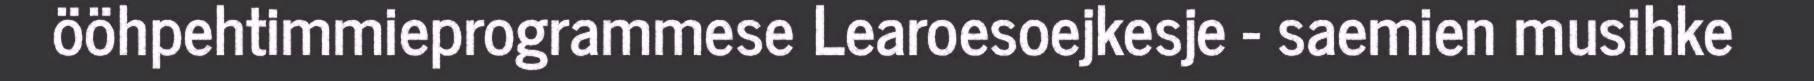
ööhpehtimmieprogrammese Learoesoejkesje - saemien musihke